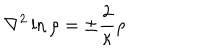
\nabla ^ { 2 } \ln \rho = \pm \frac { 2 } { \kappa } \rho